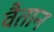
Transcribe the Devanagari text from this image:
वैतान